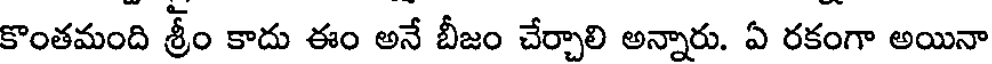
కొంతమంది శ్రీం కాదు ఈం అనే బీజం చేర్చాలి అన్నారు. ఏ రకంగా అయినా